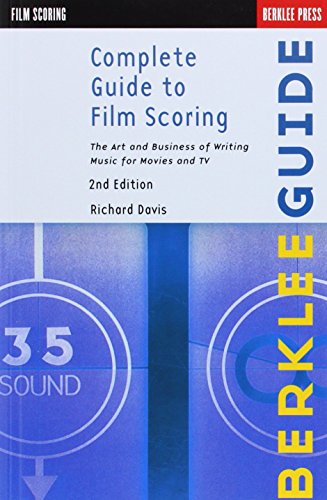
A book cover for Complete Guide to Film Scoring: The Art and Business of Writing Music for Movies and TV; Richard Davis; Humor & Entertainment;